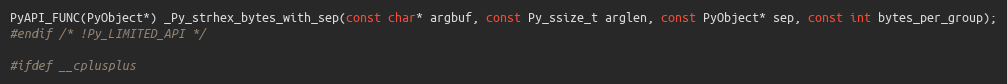
Language: C
PyAPI_FUNC(PyObject*) _Py_strhex_bytes_with_sep(const char* argbuf, const Py_ssize_t arglen, const PyObject* sep, const int bytes_per_group);
#endif /* !Py_LIMITED_API */

#ifdef __cplusplus